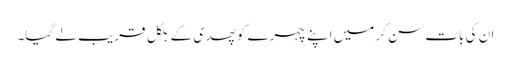
ان کی بات سن کر میں اپنے چہرے کو پھدی کے بلکل قریب لے گیا۔